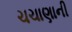
ચચાણાની